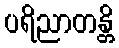
ပရိညာတန္တိ